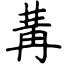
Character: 冓